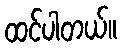
ထင်ပါတယ်။